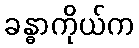
ခန္ဓာကိုယ်က